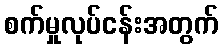
စက်မှုလုပ်ငန်းအတွက်